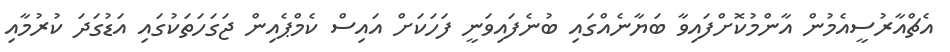
އެޗްއާރުސީއެމުން އާންމުކޮށްފައިވާ ބަޔާނެއްގައި ބުނެފައިވަނީ ފަހަކަށް އައިސް ކެމްޕެއިން ޖަގަހަތަކުގައި އަޑުގަދަ ކުރުމާއި